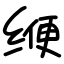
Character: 缏